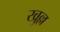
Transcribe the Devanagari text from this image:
खुल्ल